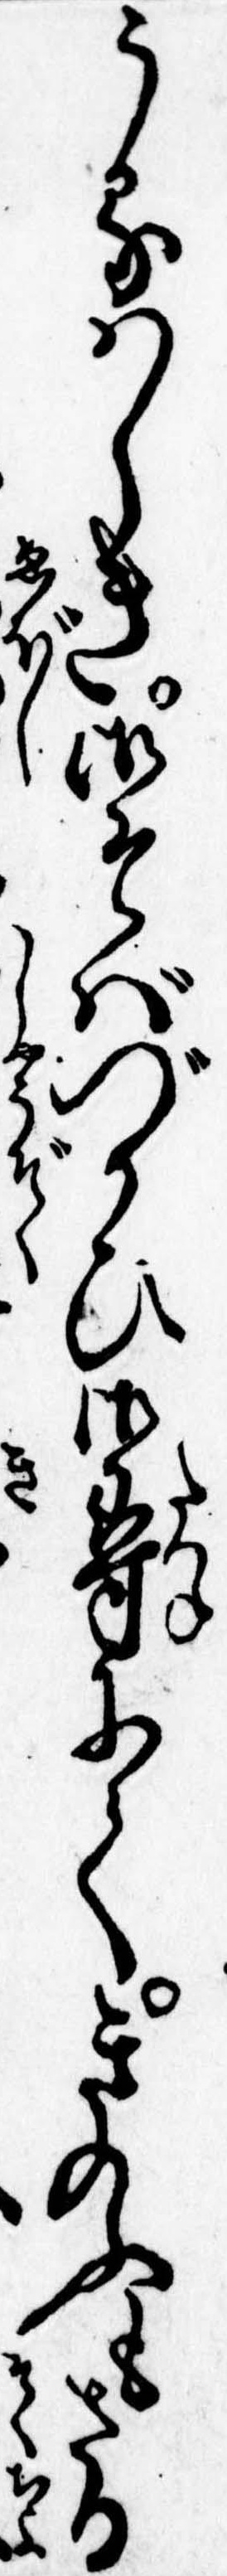
うるはしき御そばづかひ御尋にてきのふもさる